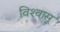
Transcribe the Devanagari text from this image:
विश्‍वासू